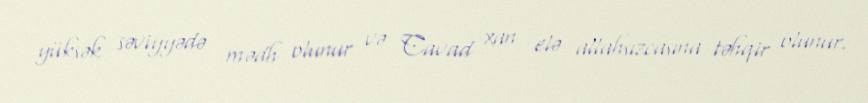
yüksək səviyyədə mədh olunur və Cavad xan elə allahsızcasına təhqir olunur.